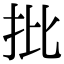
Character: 批